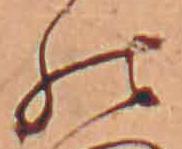
の